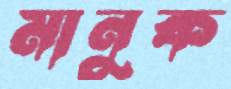
মানুক